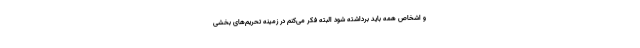
و اشخاص همه باید برداشته شود البته فکر می‌کنم در زمینه تحریم‌های بخشی